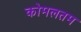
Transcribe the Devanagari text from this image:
कोमलतम